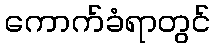
ကောက်ခံရာတွင်